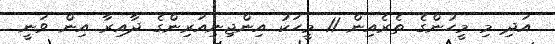
އަދި މި މީހުންގެ ތެރެއިން 11 މީހަކު އިންޖިނިއަރިންގެ ދާއިރާ އިން ވަނީ